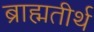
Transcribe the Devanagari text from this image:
ब्राह्मतीर्थ